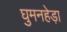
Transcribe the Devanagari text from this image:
घुमनहेड़ा